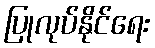
ပြုလုပ်နိုင်ရေး